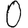
Digit: 0